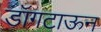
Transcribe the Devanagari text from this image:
डॉगटाऊन